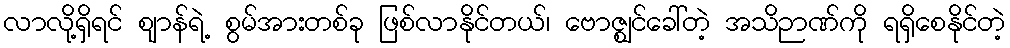
လာလို့ရှိရင် ဈာန်ရဲ့ စွမ်အားတစ်ခု ဖြစ်လာနိုင်တယ်၊ ဗောဇ္ဈင်ခေါ်တဲ့ အသိဉာဏ်ကို ရရှိစေနိုင်တဲ့